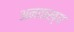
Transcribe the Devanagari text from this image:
अनताख्य